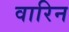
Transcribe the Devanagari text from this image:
वारिन